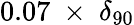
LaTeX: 0.07~\times~\delta_{90}